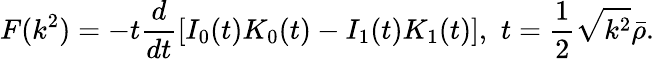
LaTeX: F(k^{2})=-t\frac{d}{dt}\left[I_{0}(t)K_{0}(t)-I_{1}(t)K_{1}(t)\right],\, \, t=\frac{1}{2}\sqrt{k^{2}}\bar{\rho}.